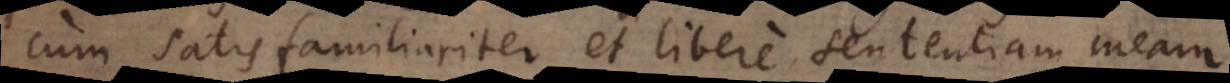
cum satis familiariter et libere sententiam meam